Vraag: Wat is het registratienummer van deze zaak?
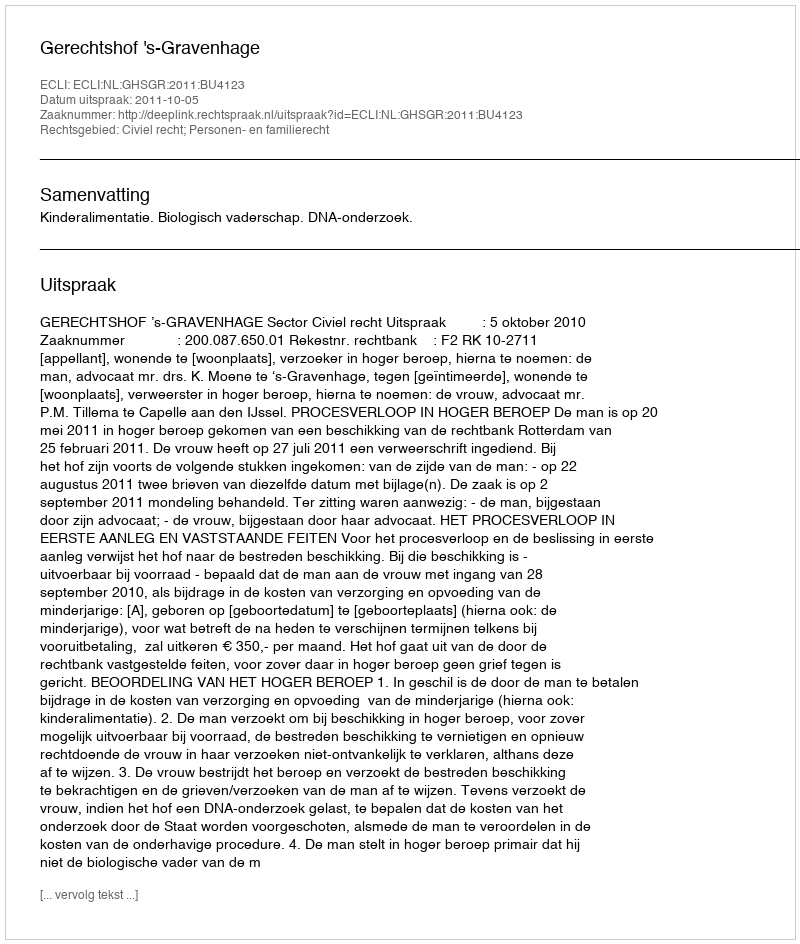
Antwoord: http://deeplink.rechtspraak.nl/uitspraak?id=ECLI:NL:GHSGR:2011:BU4123